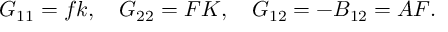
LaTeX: G _ { 1 1 } = f k , \ \ \ G _ { 2 2 } = F K , \ \ \ G _ { 1 2 } = - B _ { 1 2 } = A F .